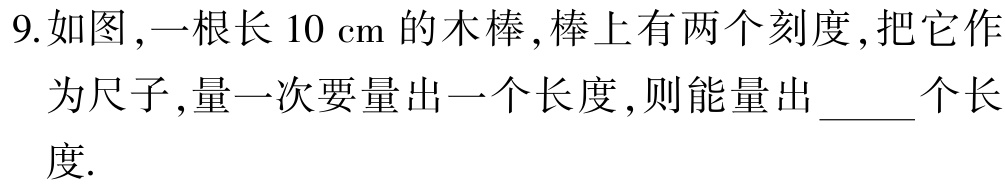
9.如图,一根长 \(10\mathrm{cm}\) 的木棒,棒上有两个刻度,把它作

为尺子,量一次要量出一个长度,则能量出 \_\_\_ 个长

度.